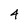
Character: 4